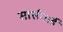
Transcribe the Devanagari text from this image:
सार्सगार्ड